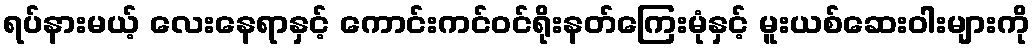
ရပ်နားမယ့် လေးနေရာနှင့် ကောင်းကင်ဝင်ရိုးနတ်ကြေးမုံနှင့် မူးယစ်ဆေးဝါးများကို